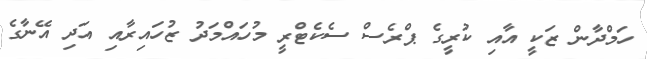
ހަމްދާން ޒަކީ އާއި ކުރީގެ ޕްރެސް ސެކެޓްރީ މުހައްމަދު ޒުހައިރާއި އަދި އޭނާގެ